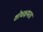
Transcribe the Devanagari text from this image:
शोधक्षमता